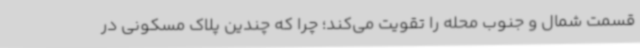
قسمت شمال و جنوب محله را تقویت می‌کند؛ چرا که چندین پلاک مسکونی در